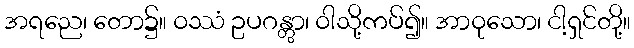
အရညေ၊ တော၌။ ဝဿံ ဥပဂန္တွာ၊ ဝါသို့ကပ်၍။ အာဝုသော၊ ငါ့ရှင်တို့။